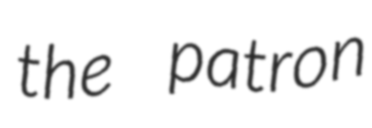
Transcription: the patron